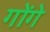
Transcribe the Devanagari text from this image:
गोंगे